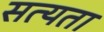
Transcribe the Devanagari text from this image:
सत्‍यता